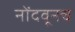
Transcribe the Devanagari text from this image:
नोंदवूनच